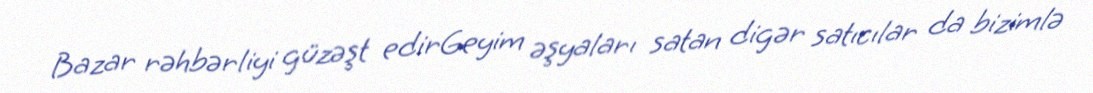
Bazar rəhbərliyi güzəşt edirGeyim əşyaları satan digər satıcılar da bizimlə